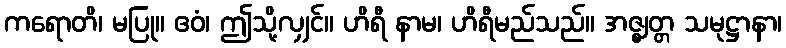
ကရောတိ၊ မပြု။ ဧဝံ၊ ဤသို့လျှင်။ ဟိရီ နာမ၊ ဟိရီမည်သည်။ အဇ္ဈတ္တ သမုဋ္ဌာနာ၊